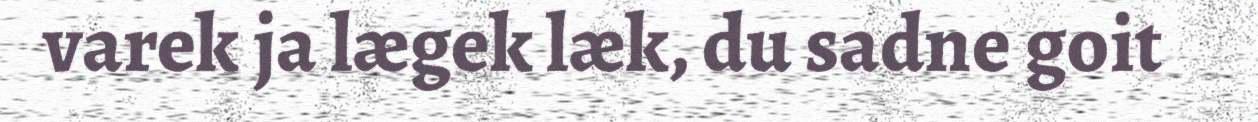
varek ja lægek læk, du sadne goit